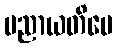
ပညာယတိပေ